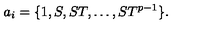
a _ { i } = \{ 1 , S , S T , \dots , S T ^ { p - 1 } \} .